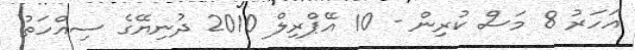
އަހަރު 8 މަސް ކުރިން - 10 އޭޕްރިލް 2010 ދުނިޔޭގެ ސިއްހަތު